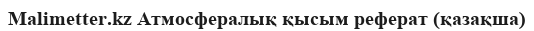
Malimetter.kz Атмосфералық қысым реферат (қазақша)